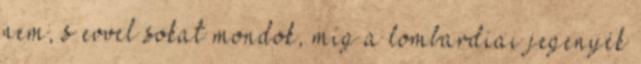
nem, s evvel sokat mondok, míg a lombardiai jegenyék